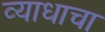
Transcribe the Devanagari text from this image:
व्याधाचा